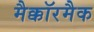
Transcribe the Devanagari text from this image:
मैक्कॉरमैक